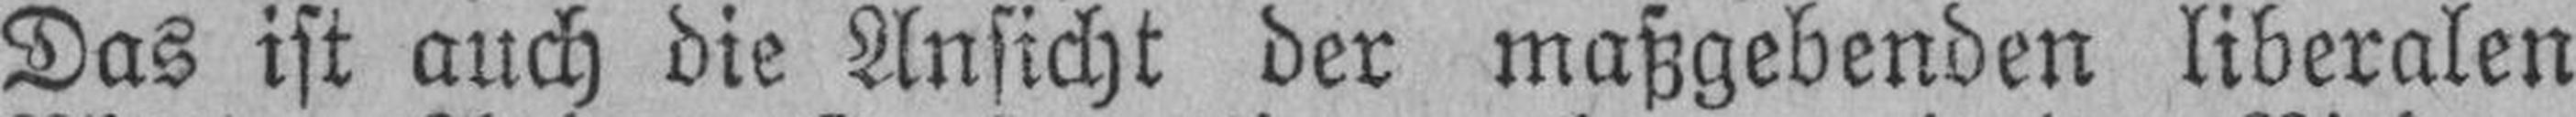
Das ist auch die Ansicht der maßgebenden liberalen